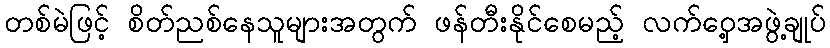
တစ်မဲဖြင့် စိတ်ညစ်နေသူများအတွက် ဖန်တီးနိုင်စေမည့် လက်ဝှေ့အဖွဲ့ချုပ်